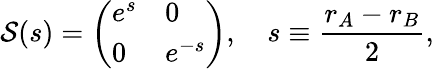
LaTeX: \mathcal{S}(s)=\left(\begin{array}{ll}{e^{s}}&{0}\\ {0}&{e^{-s}}\end{array}\right),\quad s\equiv\frac{r_{A}-r_{B}}{2},